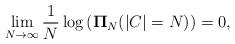
LaTeX: \begin{align*} \lim_{N \to \infty} \frac{1}{N} \log \left( \mathbf{\Pi}_{N}(|C|=N) \right) =0,\end{align*}